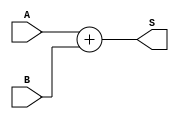
module Somador(input[31:0]A,B, output[31:0] S);
  assign S = A + B;
endmodule